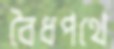
বৈধপথে